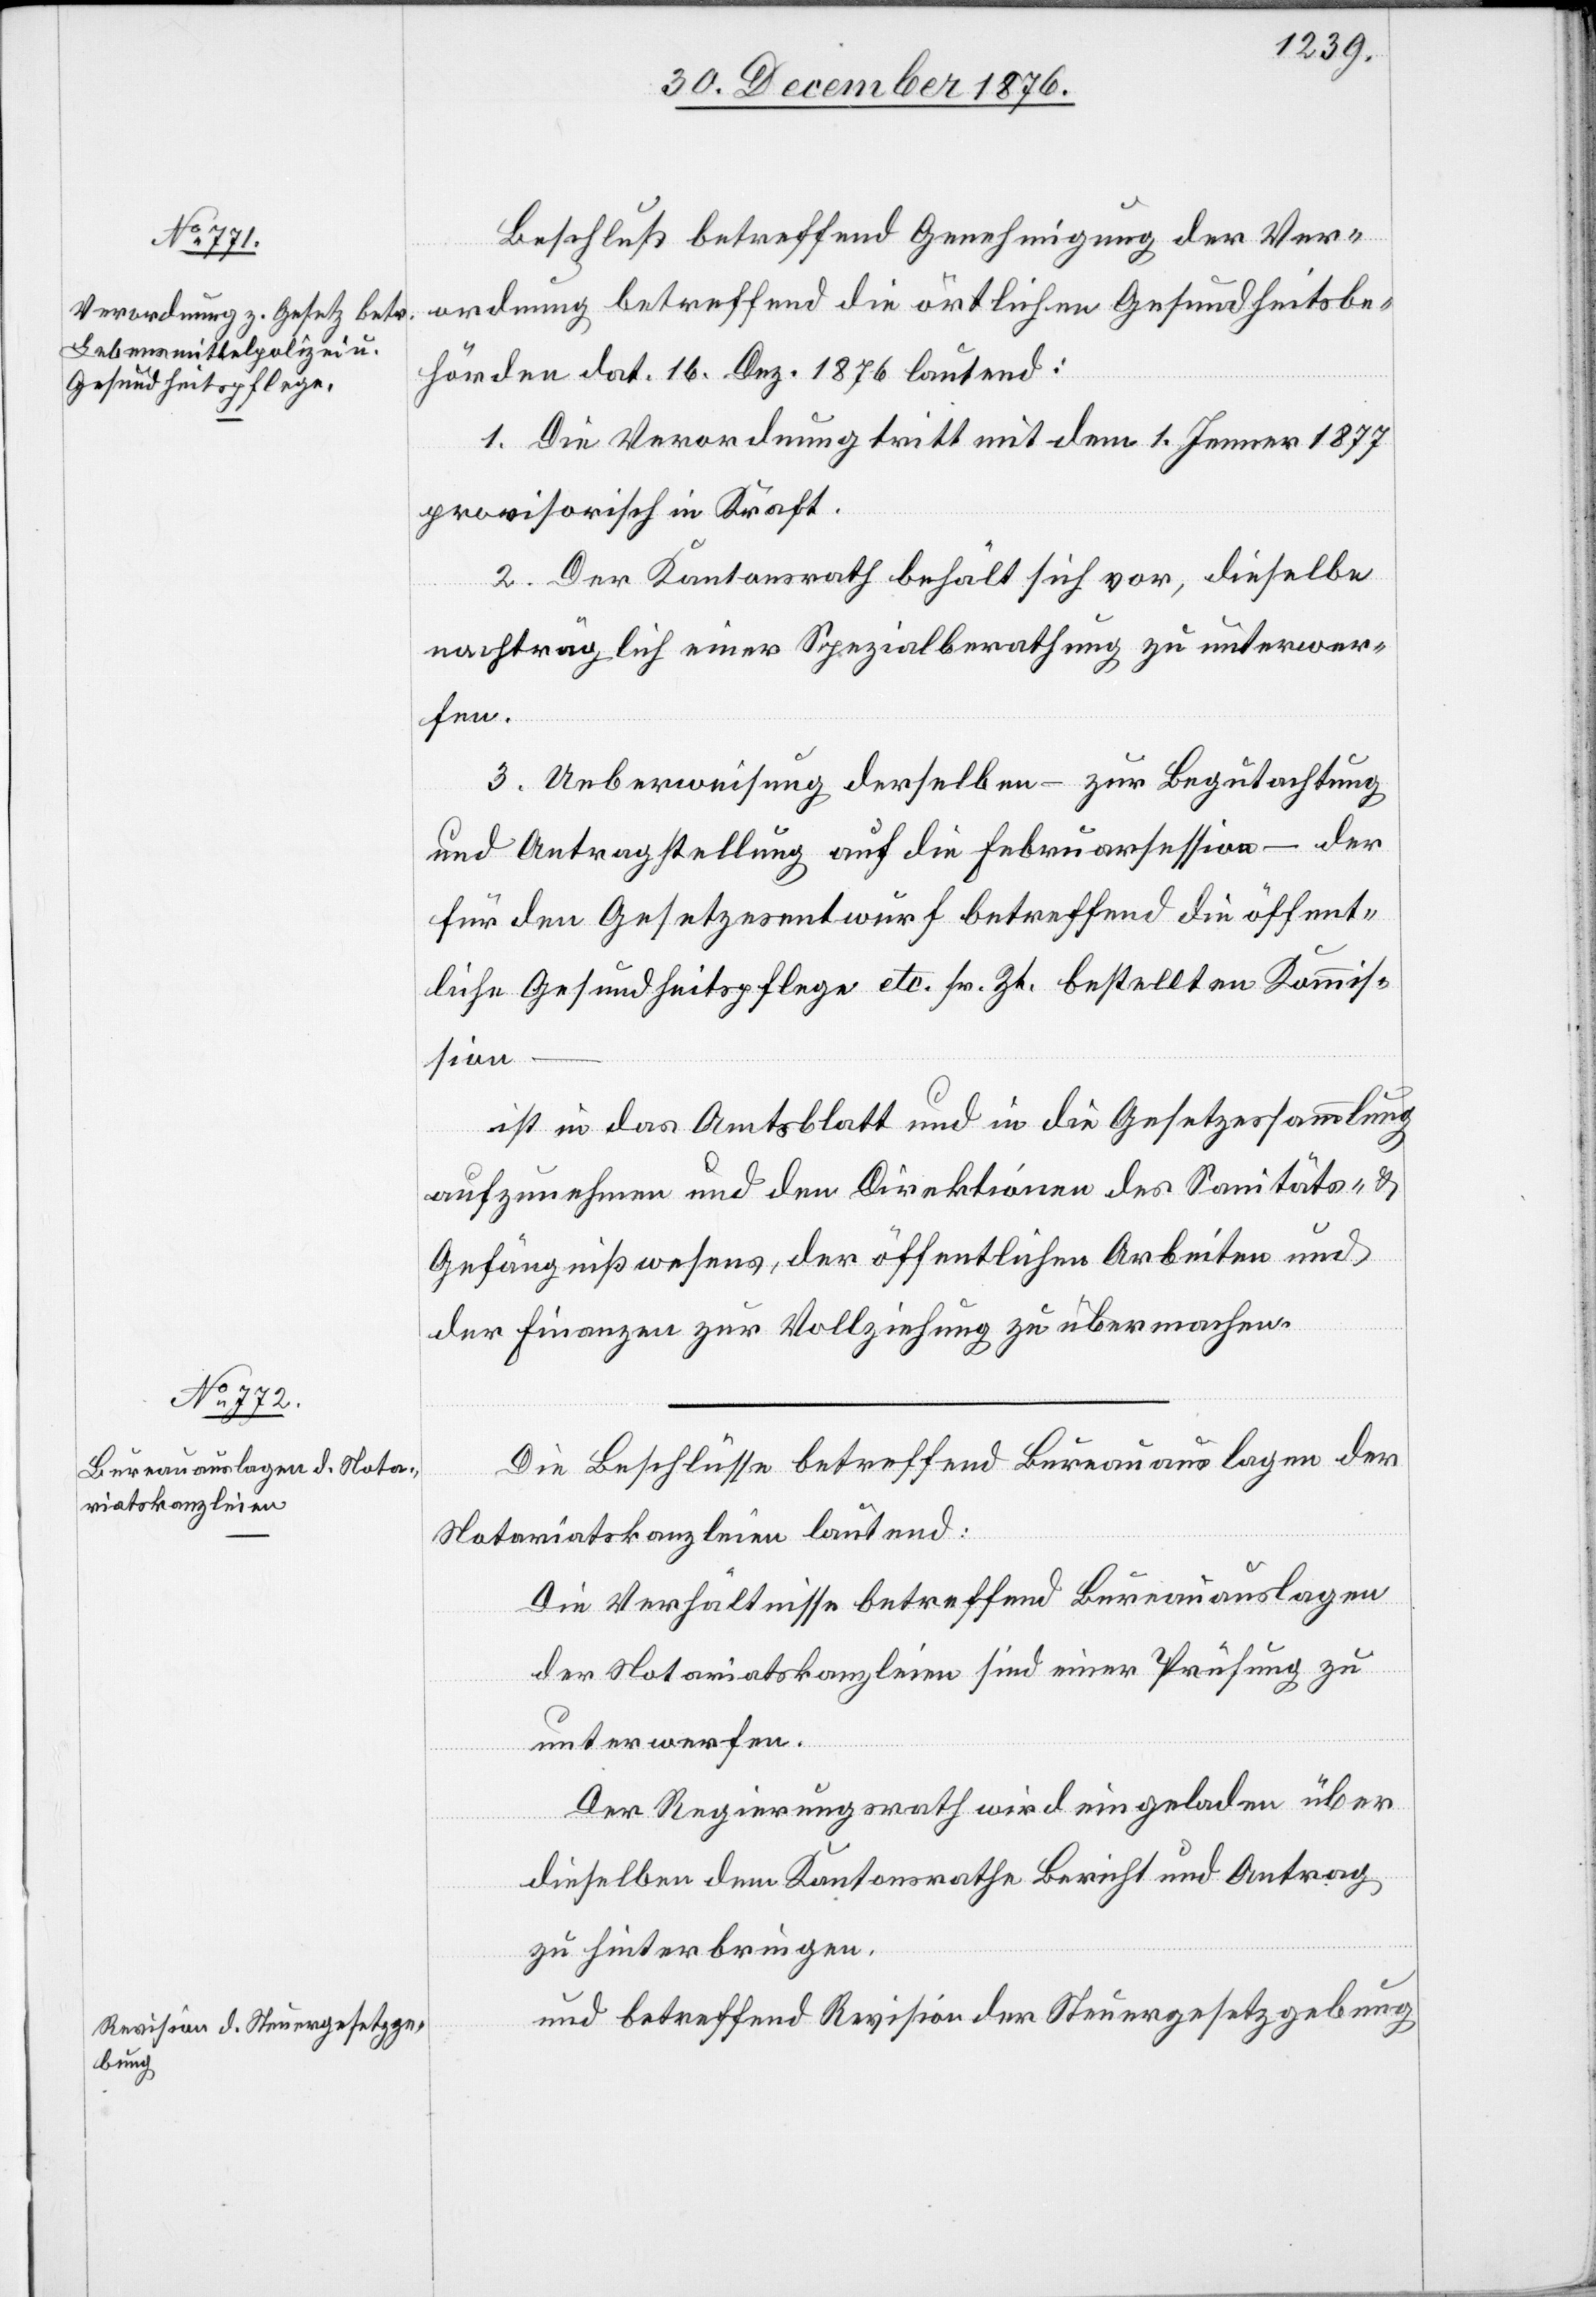
Beschluß betreffend Genehmigung der Ver¬
ordnung betreffend die örtlichen Gesundheitsbe¬
hörden dat. 16. Dez. 1876 lautend:
1. Die Verordnung tritt mit dem 1. Jenner 1877
provisorisch in Kraft.
2. Der Kantonsrath behält sich vor, dieselbe
nachträglich einer Spezialberathung zu unterwer¬
fen.
3. Ueberweisung derselben – zur Begutachtung
und Antragstellung auf die Februarsession – der
für den Gesetzesentwurf betreffend die öffent¬
liche Gesundheitspflege etc. sr. Zt. bestellten Kommis¬
sion
ist in das Amtsblatt und in die Gesetzessammlung
aufzunehmen und den Direktionen des Sanitäts- &
Gefängnißwesens, der öffentlichen Arbeiten und
der Finanzen zur Vollziehung zu übermachen.
Die Beschlüsse betreffend Bureauauslagen der
Notariatskanzleien lautend:
Die Verhältnisse betreffend Bureauauslagen
der Notariatskanzleien sind einer Prüfung zu
unterwerfen.
Der Regierungsrath wird eingeladen über
dieselben dem Kantonsrathe Bericht und Antrag
zu hinterbringen.
und betreffend Revision der Steuergesetzgebung